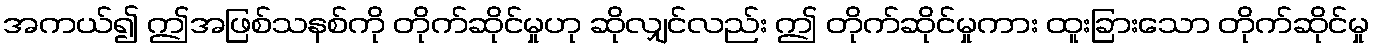
အကယ်၍ ဤအဖြစ်သနစ်ကို တိုက်ဆိုင်မှုဟု ဆိုလျှင်လည်း ဤ တိုက်ဆိုင်မှုကား ထူးခြားသော တိုက်ဆိုင်မှု